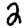
Digit: 2